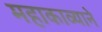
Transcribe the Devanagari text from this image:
महाकाव्याने